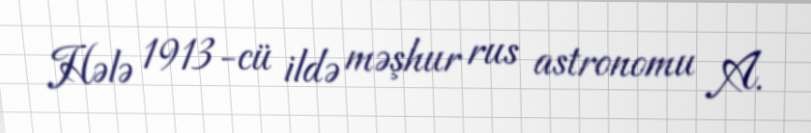
Hələ 1913-cü ildə məşhur rus astronomu A.